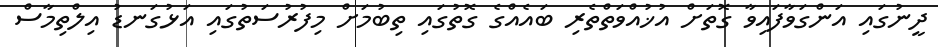
ދީނުގައި އަންގަވާފައިވާ ގޮތަށް އުޚުއްވަތްތެރި ބައެއްގެ ގޮތުގައި ތިބުމަށް މިފުރުސަތުގައި އަޅުގަނޑު އިލްތިމާސް